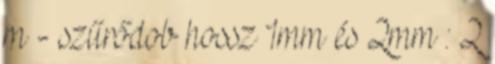
m - szűrődob hossz 1mm és 2mm : 2